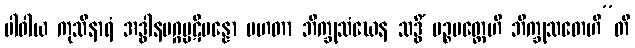
ပါဝါယ ကုသိနာရံ အဒ္ဓါနမဂ္ဂပ္ပဋိပန္နော မဟတာ ဘိက္ခုသံဃေန သဒ္ဓိံ ပဉ္စမတ္တေဟိ ဘိက္ခုသတေဟီ”တိ